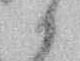
候